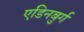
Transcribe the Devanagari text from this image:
एडिनबुर्ग